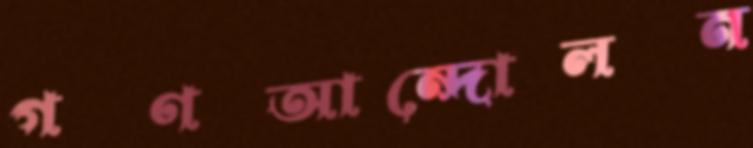
গণআন্দোলন